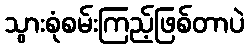
သွားစုံစမ်းကြည့်ဖြစ်တာပဲ